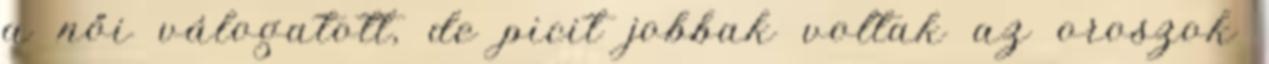
a női válogatott, de picit jobbak voltak az oroszok